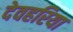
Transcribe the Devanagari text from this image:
देवहरिया